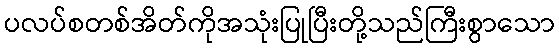
ပလပ်စတစ်အိတ်ကိုအသုံးပြုပြီးတို့သည်ကြီးစွာသော